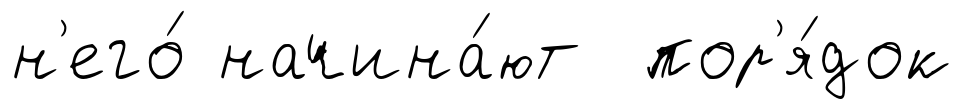
н'его́ начина́ют пор'я́док